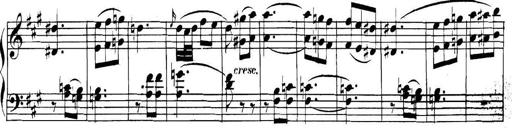
Title: Collected Piano Sonatas
Composer: Muzio Clementi